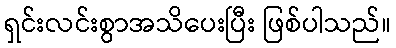
ရှင်းလင်းစွာအသိပေးပြီး ဖြစ်ပါသည်။